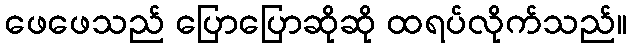
ဖေဖေသည် ပြောပြောဆိုဆို ထရပ်လိုက်သည်။